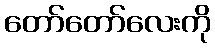
တော်တော်လေးကို